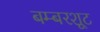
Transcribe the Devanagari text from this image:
बम्बरशूट